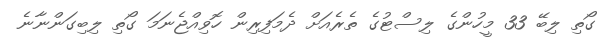
ގޯތި ލިބޭ 33 މީހުންގެ ލިސްޓުގެ ތެރެއަށް ދެމަފިރިން ހޮވިއްޖެނަމަ ގޯތި ލިބިގަންނާނެ